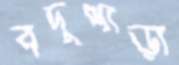
বদুপাড়া